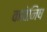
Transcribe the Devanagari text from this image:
कावेनिष